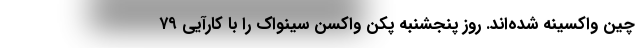
چین واکسینه شده‌اند. روز پنجشنبه پکن واکسن سینواک را با کارآیی ۷۹